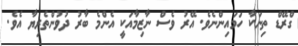
ގްރޭޑް ތިނަކާ ހަމައިންނެވެ. އޭރު ވެސް ނާޒިމާއަކީ އެންމެ ބާރު ދުވުންތެރިޔާ އެވެ.